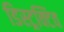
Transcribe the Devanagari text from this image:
डिस्ट्रक्टिव